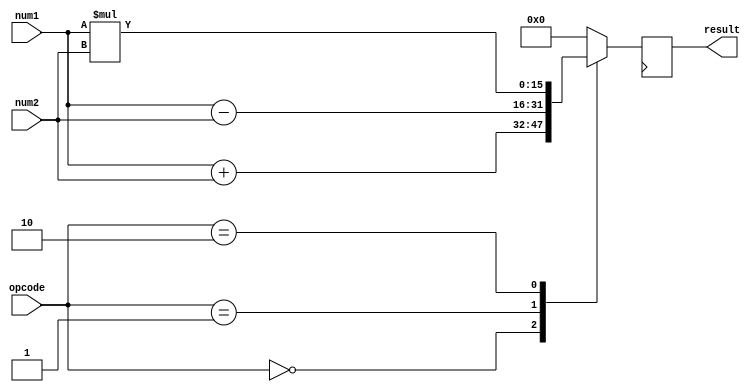
module half_precision_fpu(
    input  [15:0] num1, // input half precision floating point number 1
    input  [15:0] num2, // input half precision floating point number 2
    input  [1:0]  opcode, // operation code: 00 for addition, 01 for subtraction, 10 for multiplication
    output reg [15:0] result // output half precision floating point result
);

reg [15:0] result_temp;

always @(*) begin
    case(opcode)
        2'b00: // addition
            result_temp = num1 + num2;
        2'b01: // subtraction
            result_temp = num1 - num2;
        2'b10: // multiplication
            result_temp = num1 * num2;
        default:
            result_temp = 16'h0000; // default to zero if invalid opcode
    endcase
end

always @(posedge clk) begin
    // round and normalize the result here
    // implementation details would depend on the specific rounding and normalization scheme desired
    // for simplicity, we will just assign result_temp to result
    result <= result_temp;
end

endmodule